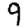
Digit: 9